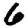
Digit: 6